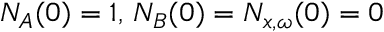
N _ { A } ( 0 ) = 1 , \, N _ { B } ( 0 ) = N _ { x , \omega } ( 0 ) = 0